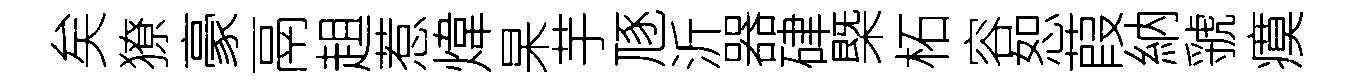
矣獠豪鬲趄惹煒杲芋豗沂器硉槩柘容恕葭納虢瘼